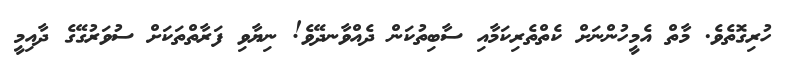
ހުރިގޮތެވެ. މާތް އެމީހުންނަށް ކެތްތެރިކަމާއި ސާބިތުކަން ދެއްވާނދޭވެ! ނިޔާވި ފަރާތްތަކަށް ސުވަރުގޭގެ ދާއިމީ